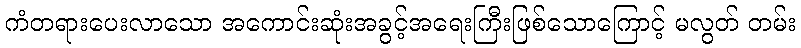
ကံတရားပေးလာသော အကောင်းဆုံးအခွင့်အရေးကြီးဖြစ်သောကြောင့် မလွတ် တမ်း